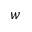
w